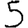
Digit: 5